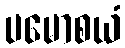
ပမောစယံ